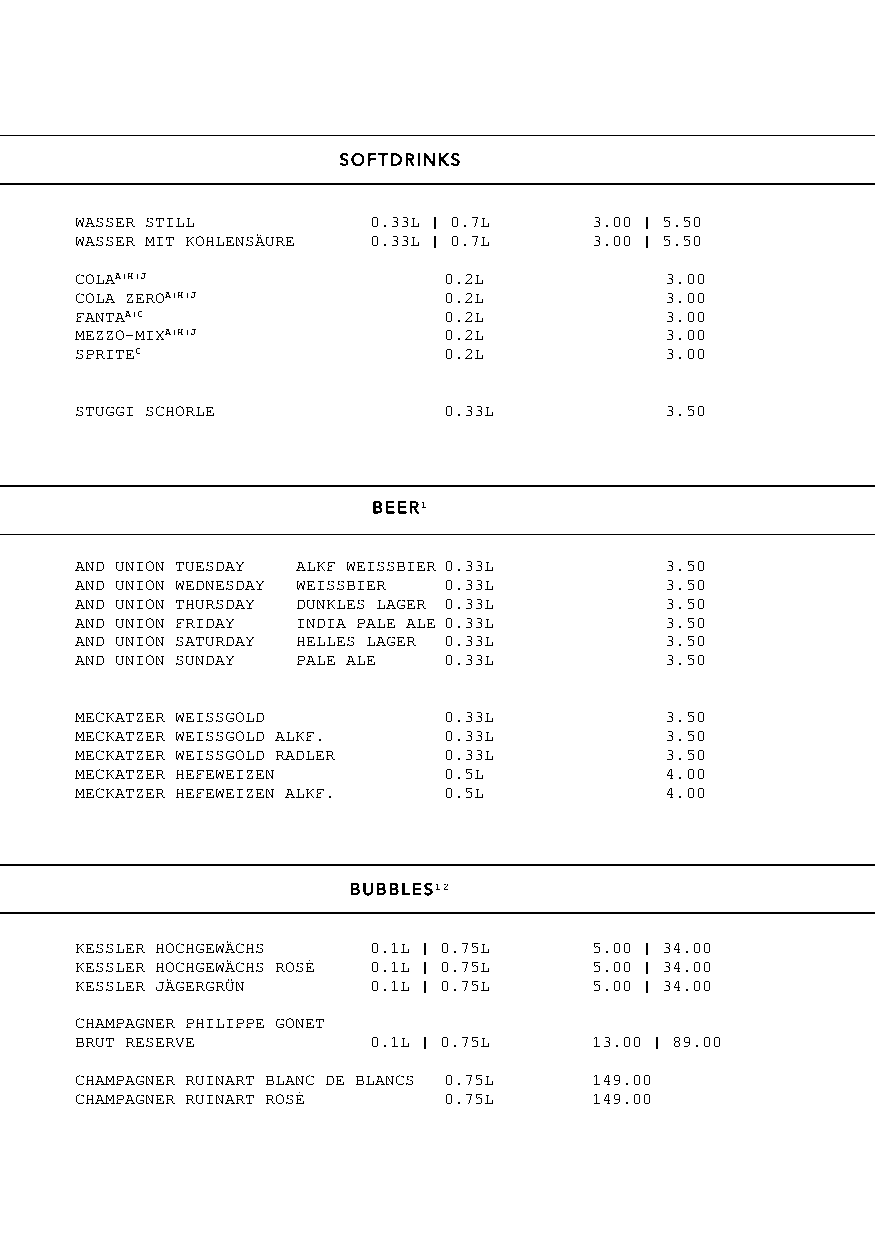
SOFTDRINKS
 WASSER STILL       0.33L | 0.7L   3.00 | 5.50
 WASSER MIT KOHLENSÄURE 0.33L | 0.7L 3.00 | 5.50
 COLAA|H|J               0.2L           3.00
 COLA ZEROA|H|J          0.2L           3.00
 FANTAA|C                0.2L           3.00
 MEZZO-MIXA|H|J          0.2L           3.00
 SPRITEC                 0.2L           3.00
 STUGGI SCHORLE          0.33L          3.50
 BEER1
 AND UNION TUESDAY ALKF WEISSBIER 0.33L 3.50
 AND UNION WEDNESDAY WEISSBIER 0.33L    3.50
 AND UNION THURSDAY DUNKLES LAGER 0.33L 3.50
 AND UNION FRIDAY INDIA PALE ALE 0.33L  3.50
 AND UNION SATURDAY HELLES LAGER 0.33L  3.50
 AND UNION SUNDAY PALE ALE 0.33L        3.50
 MECKATZER WEISSGOLD     0.33L          3.50
 MECKATZER WEISSGOLD ALKF. 0.33L        3.50
 MECKATZER WEISSGOLD RADLER 0.33L       3.50
 MECKATZER HEFEWEIZEN    0.5L           4.00
 MECKATZER HEFEWEIZEN ALKF. 0.5L        4.00
 BUBBLES12
 KESSLER HOCHGEWÄCHS 0.1L | 0.75L  5.00 | 34.00
 KESSLER HOCHGEWÄCHS ROSÉ 0.1L | 0.75L 5.00 | 34.00
 KESSLER JÄGERGRÜN  0.1L | 0.75L   5.00 | 34.00
 CHAMPAGNER PHILIPPE GONET
 BRUT RESERVE       0.1L | 0.75L   13.00 | 89.00
 CHAMPAGNER RUINART BLANC DE BLANCS 0.75L 149.00
 CHAMPAGNER RUINART ROSÉ 0.75L     149.00